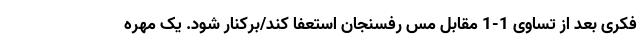
فکری بعد از تساوی 1-1 مقابل مس رفسنجان استعفا کند/برکنار شود. یک مهره